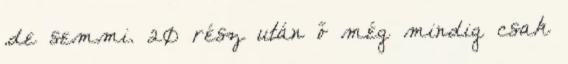
.de semmi. 20 rész után ő még mindig csak